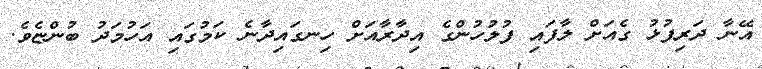
އޭނާ ދަރިފުޅު ގެއަށް ލާފައި ފުލުހުންގެ އިދާރާއަށް ހިނގައިދާނެ ކަމުގައި އަހުމަދު ބުންޏެވެ.